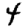
Digit: 4